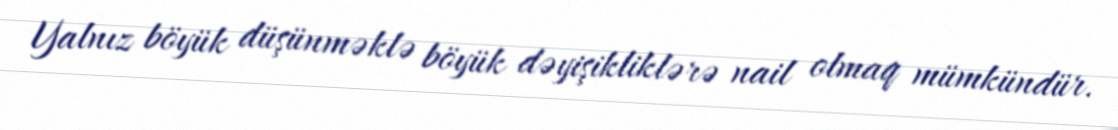
Yalnız böyük düşünməklə böyük dəyişikliklərə nail olmaq mümkündür.